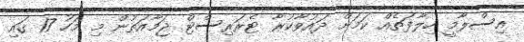
އިސްލާމީ ހިލާފަތެއް ކަމަށް ދައުވާކުރާ ޓެރަރިސްޓް ޖަމާއަތުން މި މަހު 17 ގައި